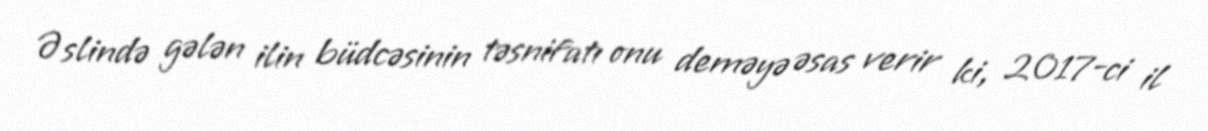
Əslində gələn ilin büdcəsinin təsnifatı onu deməyə əsas verir ki, 2017-ci il